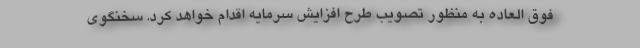
فوق العاده به منظور تصویب طرح افزایش سرمایه اقدام خواهد کرد. سخنگوی